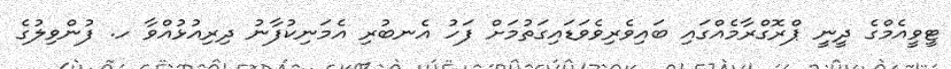
ޓީވީއެމްގެ ދީނީ ޕްރޮގްރާމެއްގައި ބައިވެރިވެވަޑައިގަތުމަށް ފަހު އެނބުރި އެމަނިކުފާނު ދިރިއުޅުއްވާ ހ. ފުންވިލުގެ